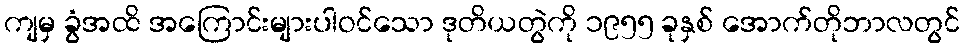
ကျမှ ခွံအထိ အကြောင်းများပါဝင်သော ဒုတိယတွဲကို ၁၉၅၅ ခုနှစ် အောက်တိုဘာလတွင်